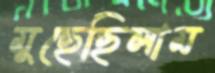
মুছেছিলাম